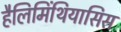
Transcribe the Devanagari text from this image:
हैलिमिंथियासिस